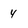
Character: 4